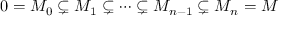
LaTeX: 0 = M _ { 0 } \subsetneq M _ { 1 } \subsetneq \cdots \subsetneq M _ { n - 1 } \subsetneq M _ { n } = M